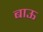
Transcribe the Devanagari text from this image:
बाऊ